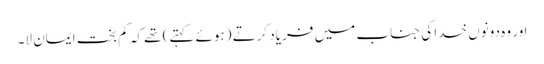
اور وہ دونوں خدا کی جناب میں فریاد کرتے (ہوئے کہتے) تھے کہ کم بخت ایمان لا۔